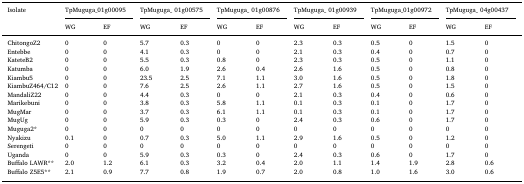
<table><thead><tr><td><b>Isolate</b></td><td colspan="2"><b>TpMuguga_01g00095</b></td><td colspan="2"><b>TpMuguga_ 01g00575</b></td><td colspan="2"><b>TpMuguga_ 01g00876</b></td><td colspan="2"><b>TpMuguga_ 01g00939</b></td><td colspan="2"><b>TpMuguga_01g00972</b></td><td colspan="2"><b>TpMuguga_ 04g00437</b></td></tr><tr><td></td><td><b>WG</b></td><td><b>EF</b></td><td><b>WG</b></td><td><b>EF</b></td><td><b>WG</b></td><td><b>EF</b></td><td><b>WG</b></td><td><b>EF</b></td><td><b>WG</b></td><td><b>EF</b></td><td><b>WG</b></td><td><b>EF</b></td></tr></thead><tbody><tr><td>ChitongoZ2</td><td>0</td><td>0</td><td>5.7</td><td>0.3</td><td>0</td><td>0</td><td>2.3</td><td>0.3</td><td>0.5</td><td>0</td><td>1.5</td><td>0</td></tr><tr><td>Entebbe</td><td>0</td><td>0</td><td>4.1</td><td>0.3</td><td>0</td><td>0</td><td>2.1</td><td>0.3</td><td>0.4</td><td>0</td><td>0.7</td><td>0</td></tr><tr><td>KateteB2</td><td>0</td><td>0</td><td>5.5</td><td>0.3</td><td>0.8</td><td>0</td><td>2.3</td><td>0.3</td><td>0.5</td><td>0</td><td>1.1</td><td>0</td></tr><tr><td>Katumba</td><td>0</td><td>0</td><td>6.0</td><td>1.9</td><td>2.6</td><td>0.4</td><td>2.6</td><td>1.6</td><td>0.5</td><td>0</td><td>0.8</td><td>0</td></tr><tr><td>Kiambu5</td><td>0</td><td>0</td><td>23.5</td><td>2.5</td><td>7.1</td><td>1.1</td><td>3.0</td><td>1.6</td><td>0.5</td><td>0</td><td>1.8</td><td>0</td></tr><tr><td>KiambuZ464/C12</td><td>0</td><td>0</td><td>7.6</td><td>2.5</td><td>2.6</td><td>1.1</td><td>2.7</td><td>1.6</td><td>0.5</td><td>0</td><td>1.5</td><td>0</td></tr><tr><td>MandaliZ22</td><td>0</td><td>0</td><td>4.4</td><td>0.3</td><td>0</td><td>0</td><td>2.1</td><td>0.3</td><td>0.4</td><td>0</td><td>0.6</td><td>0</td></tr><tr><td>Marikebuni</td><td>0</td><td>0</td><td>3.8</td><td>0.3</td><td>5.8</td><td>1.1</td><td>0.1</td><td>0.3</td><td>0.1</td><td>0</td><td>1.7</td><td>0</td></tr><tr><td>MugMar</td><td>0</td><td>0</td><td>3.7</td><td>0.3</td><td>6.1</td><td>1.1</td><td>0.1</td><td>0.3</td><td>0.1</td><td>0</td><td>1.7</td><td>0</td></tr><tr><td>MugUg</td><td>0</td><td>0</td><td>5.9</td><td>0.3</td><td>0.3</td><td>0</td><td>2.4</td><td>0.3</td><td>0.6</td><td>0</td><td>1.7</td><td>0</td></tr><tr><td>Muguga2*</td><td>0</td><td>0</td><td>0</td><td>0</td><td>0</td><td>0</td><td>0</td><td>0</td><td>0</td><td>0</td><td>0</td><td>0</td></tr><tr><td>Nyakizu</td><td>0.1</td><td>0</td><td>0.7</td><td>0.3</td><td>5.0</td><td>1.1</td><td>2.9</td><td>1.6</td><td>0.5</td><td>0</td><td>1.2</td><td>0</td></tr><tr><td>Serengeti</td><td>0</td><td>0</td><td>0</td><td>0</td><td>0</td><td>0</td><td>0</td><td>0</td><td>0</td><td>0</td><td>0</td><td>0</td></tr><tr><td>Uganda</td><td>0</td><td>0</td><td>5.9</td><td>0.3</td><td>0.3</td><td>0</td><td>2.4</td><td>0.3</td><td>0.6</td><td>0</td><td>1.7</td><td>0</td></tr><tr><td>Buffalo LAWR**</td><td>2.0</td><td>1.2</td><td>6.1</td><td>0.3</td><td>3.2</td><td>0.4</td><td>2.0</td><td>1.1</td><td>1.4</td><td>1.9</td><td>2.8</td><td>0.6</td></tr><tr><td>Buffalo Z5E5**</td><td>2.1</td><td>0.9</td><td>7.7</td><td>0.8</td><td>1.9</td><td>0.7</td><td>2.0</td><td>0.8</td><td>1.0</td><td>1.6</td><td>3.0</td><td>0.6</td></tr></tbody></table>